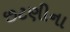
છટણીના